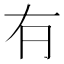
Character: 𠕆